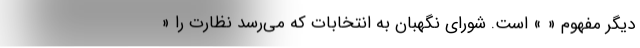
دیگر مفهوم « » است. شورای نگهبان به انتخابات که می‌رسد نظارت را «